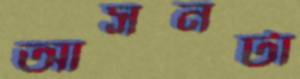
আসনটা